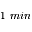
1 ~ m i n